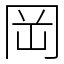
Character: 岡